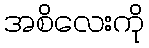
အစိလေးကို